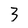
Character: 3